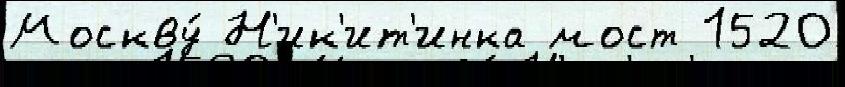
Москву́ Н'ик'ит'инка мост 1520